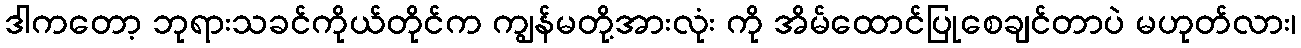
ဒါကတော့ ဘုရားသခင်ကိုယ်တိုင်က ကျွန်မတို့အားလုံး ကို အိမ်ထောင်ပြုစေချင်တာပဲ မဟုတ်လား၊